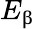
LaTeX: E_{\upbeta}